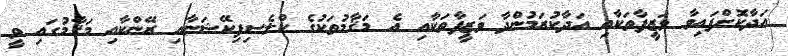
އަދާކޮށްފައިވާ ވަޒީފާތަކާއި އަދާކުރަމުންދާ ވަޒީފާތަކާއި އެ މަޤާމުތަކުގެ ކްލެސިފިކޭޝަނާއި ރޭންކާއި މަޤާމުގައި ވީ